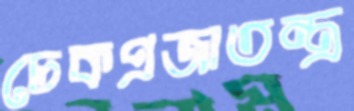
চেকপ্রজাতন্ত্র